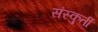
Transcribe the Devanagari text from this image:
संस्कुर्ती